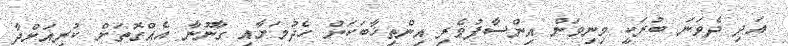
އަދި ދެވަނަ ބުރަކީ މިނިވަން އިންސާފުވެރި އިންތިޚާބަކަށް ހެދުމަށާއި ގާނޫނާ އެއްގޮތަށް ކުރިއަށްދާ